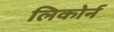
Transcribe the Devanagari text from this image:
लिकोर्न